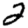
Digit: 2